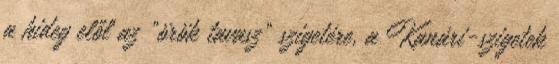
a hideg elől az "örök tavasz" szigetére, a Kanári-szigetek